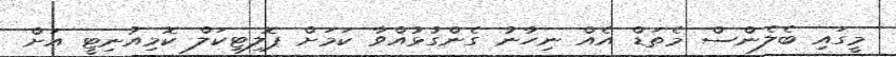
މީގައި ބެލެންސް މެތަޑް އެއް ނިހާނު ގެންގުޅުއްވާ ކަމަށް ޕޮލިޓިކަލް ކޮމިއުނިޓީ އަށް